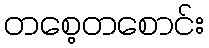
တစေ့တစောင်း